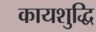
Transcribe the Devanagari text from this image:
कायशुद्धि